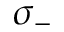
\sigma _ { - }